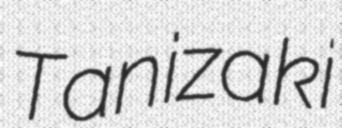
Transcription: Tanizaki